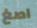
اصغ